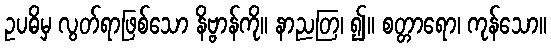
ဥပဓိမှ လွတ်ရာဖြစ်သော နိဗ္ဗာန်ကို။ နာညတြ၊ ၍။ စတ္တာရော၊ ကုန်သော။